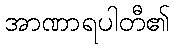
အာဏာရပါတီ၏